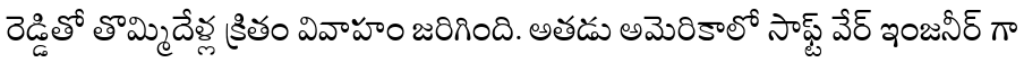
రెడ్డితో తొమ్మిదేళ్ల క్రితం వివాహం జరిగింది. అతడు అమెరికాలో సాఫ్ట్ వేర్ ఇంజనీర్ గా